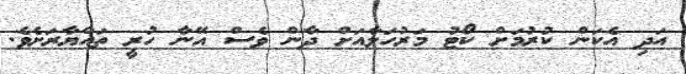
އަދި އެކަން ކުރުމަށް ކޯޓު މަރުހަލާއަށް ދާން ވެސް އޭނާ ހުރީ ތައްޔާރަށެވެ.